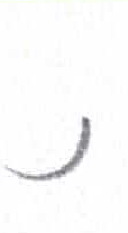
אות: נ